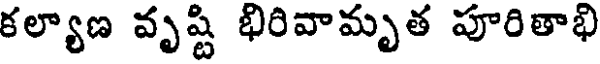
కల్యాణ వృష్టి భిరివామృత పూరితాభి